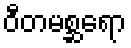
ဝီတမစ္ဆရော